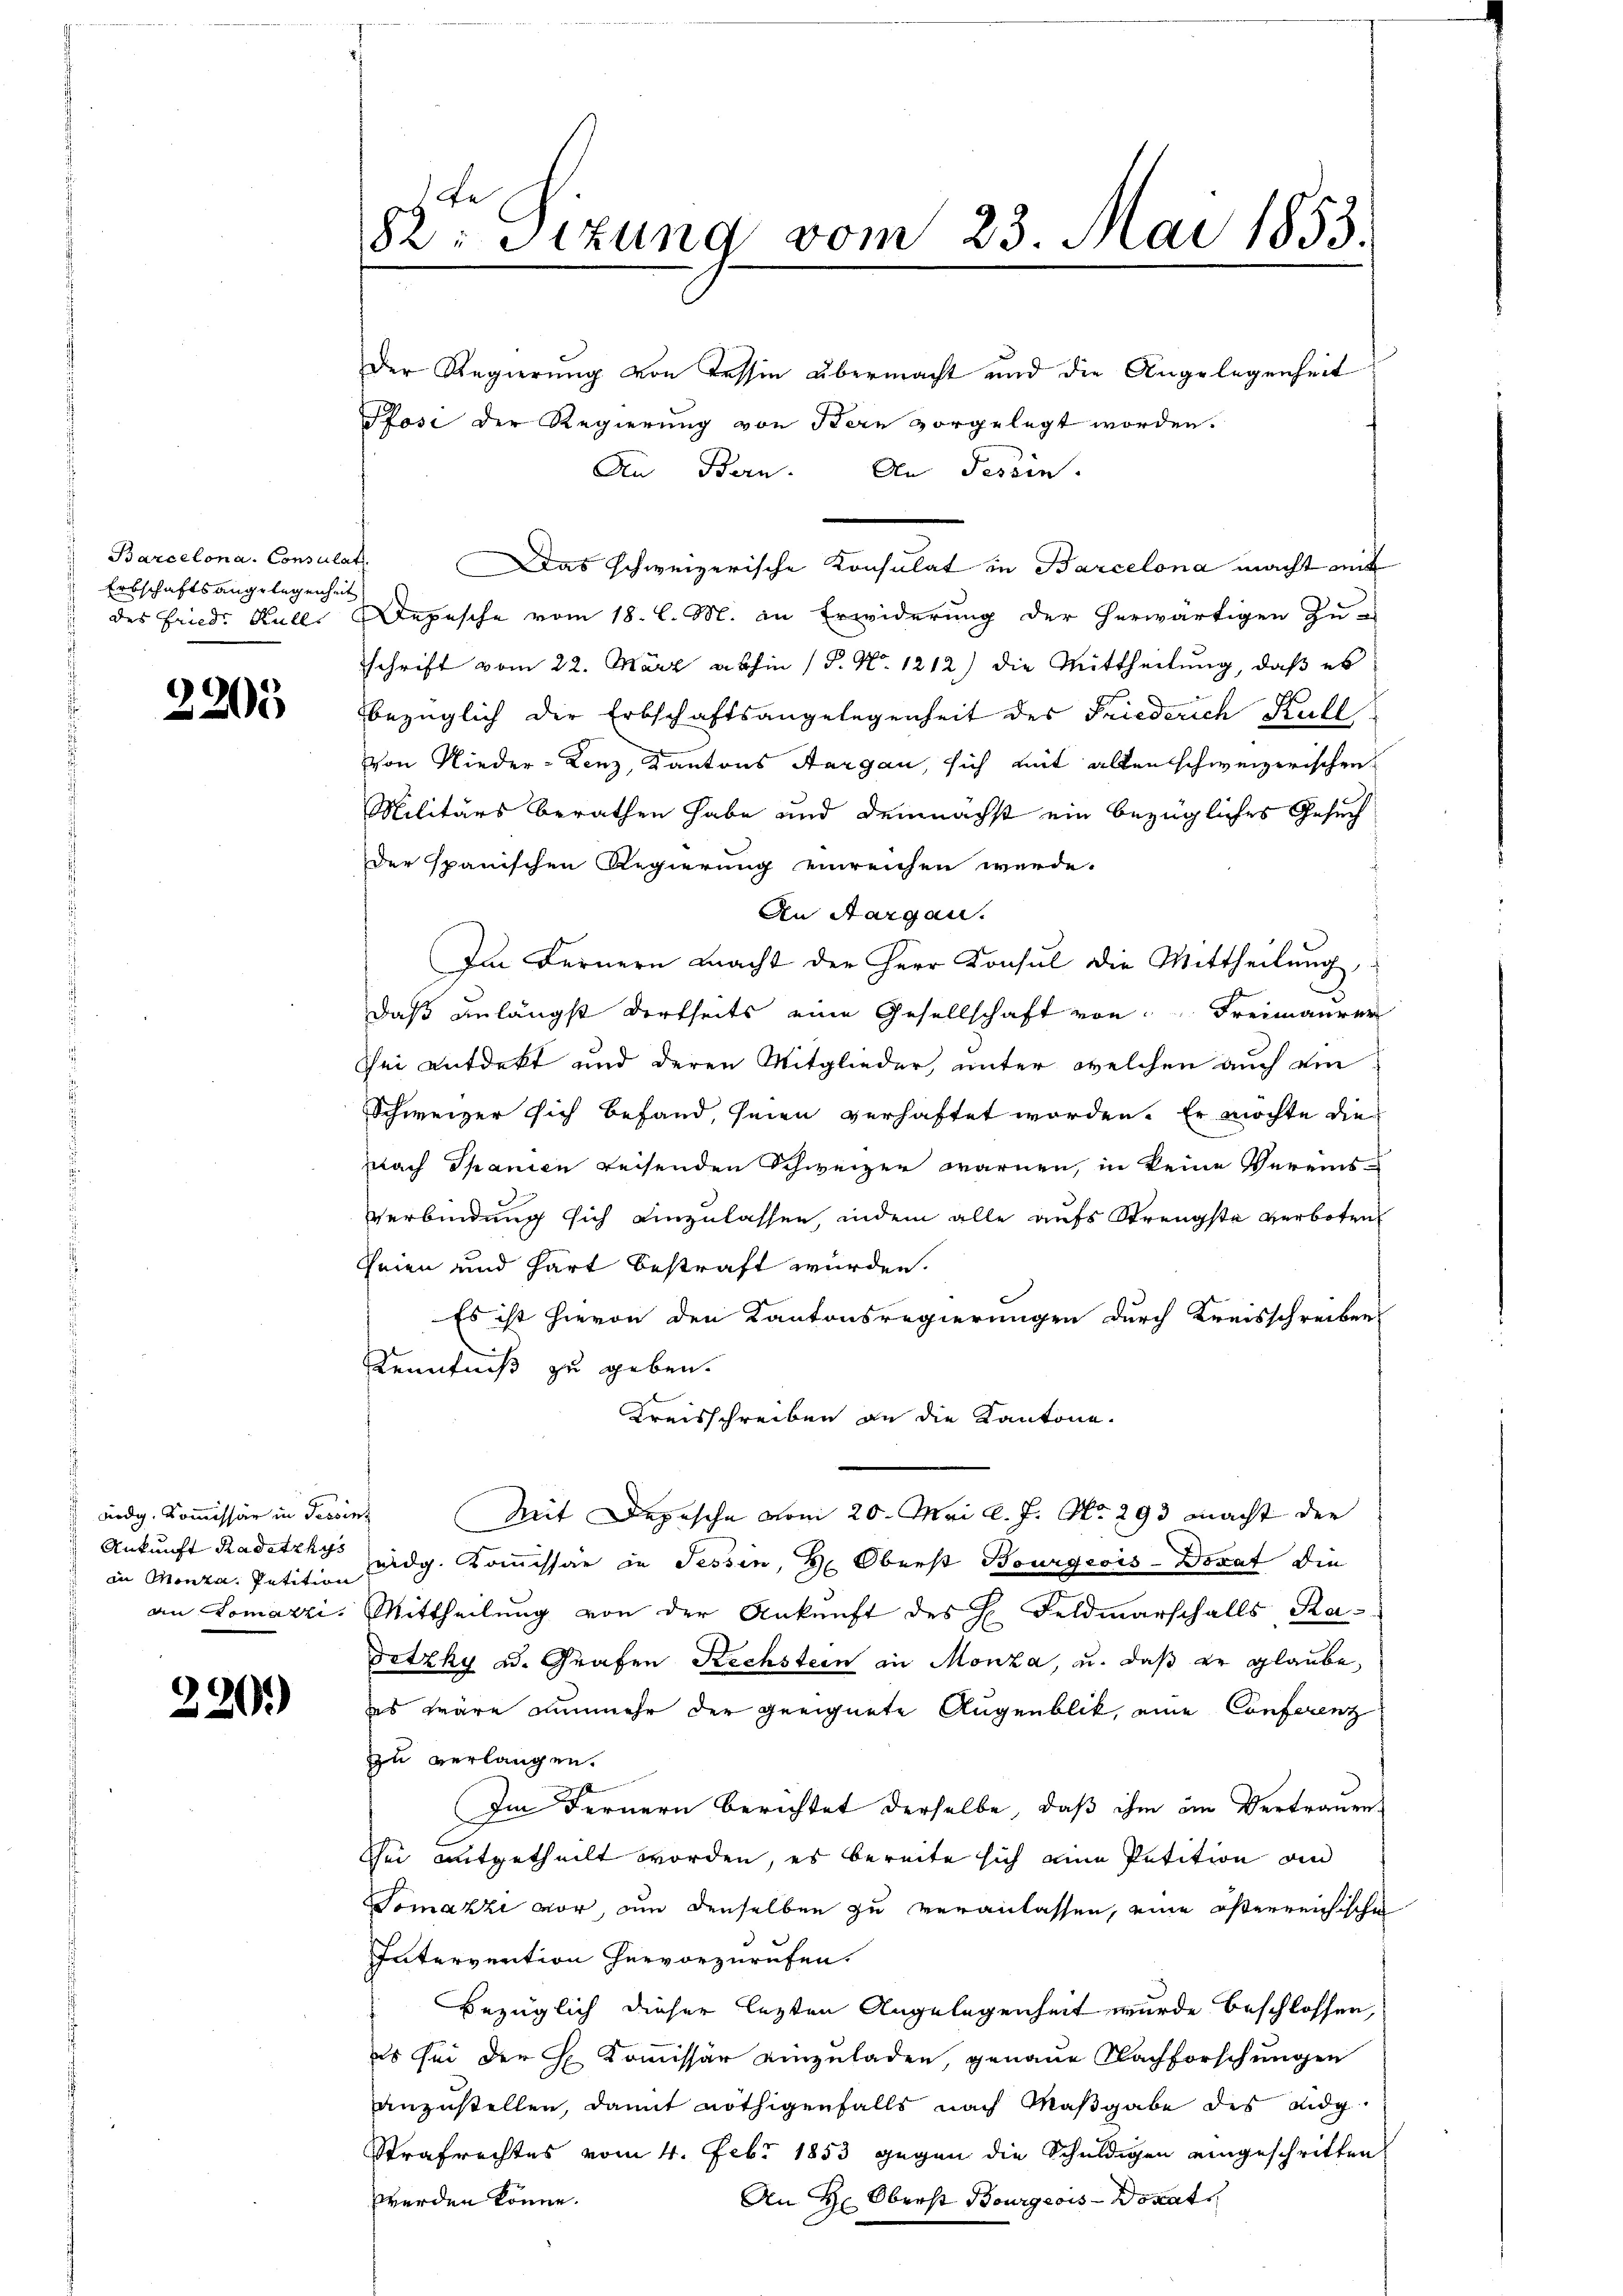
Barcelona. Consula
Erbschaftsangelegenheit
des Fried. Kull

3205

ardg. Kom̅issär in Tessin
Ankunft Radetzkys
in Monta, Petition
an romache.

220.

82 Sizung vom 23. Mai 1853.

Der Regierung von Tessin übermacht und die Angelegenheit
Pfösi der Regierung von Bern vorgelegt worden.
An Bern. An Tessin.
Das schweizerische Konsulat in Barcelona macht mit
Depesche vom 18. l. M. an Erwiderung der herwärtigen zu-
schrift vom 22. März abhin (P. Nr. 1212) die Mittheilung, daß es
bezüglich der Erbschaftsangelegenheit des Friederich Kull
Von Nieder-Lenz, Kantons Aargau, sich mit allen schweizerischen
Militärs berathen habe und demnächst ein bezügliches Gesuch
der spanischen Regierung einreichen werde.
An Aargau.
Im Fernern macht der Herr Konsul die Mittheilung,
Daß anlängst dortseits eine Gesellschaft von Freimaurer
sei entdekt und deren Mitglieder, unter welchen auch ein
Schweizer sich befand, seien verhaftet worden. Er möchte die
nach Spanien reisenden Schweizer warnen, in keine Vereins-
Verbindung sich einzulassen, indem alle aufs Strengste verboten
Seien und hart bestraft wurden.
Es ist hievon den Kantonsregierungen durch Kreisschreiben
Kenntniß zu geben.
Kreisschreiben an die Kantone.
Mit Depesche vom 20. Mai l. J. No. 293 macht der
eidg. Kommissär in Tessin, 2. Oberst Bourgeois-Dorat die
Mittheilung von der Ankunft des H. Feldmarschalls Ra¬
Fetzky u. Grafen Rechstein in Monza, u. daß er glaube,
es wäre nunmehr der geeignete Augenblik, eine Conferenz
zu verlangen.
Im Fernern berichtet derselbe, daß ihm im Vertrauen
Sei mitgetheilt worden, es bereite sich eine Petition an
Somazzi vor, um denselben zu veranlassen, eine österreichische
Intervention hervorzurufen.
Bezüglich dieser lezten Angelegenheit wurde beschlossen,
es sei der H. Kommissär einzuladen, genaue Nachforschungen
anzustellen, damit nöthigenfalls nach Maßgabe des eidg.
Strafrechtes vom 4. Febr 1853 gegen die Schuldigen eingeschritten
An Hr. Oberst Bourgeois Donats
werden könne.